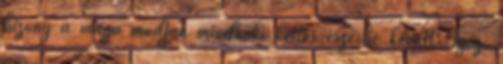
bizony a maga módján mindenki kettős érzésbe került: Igaz,